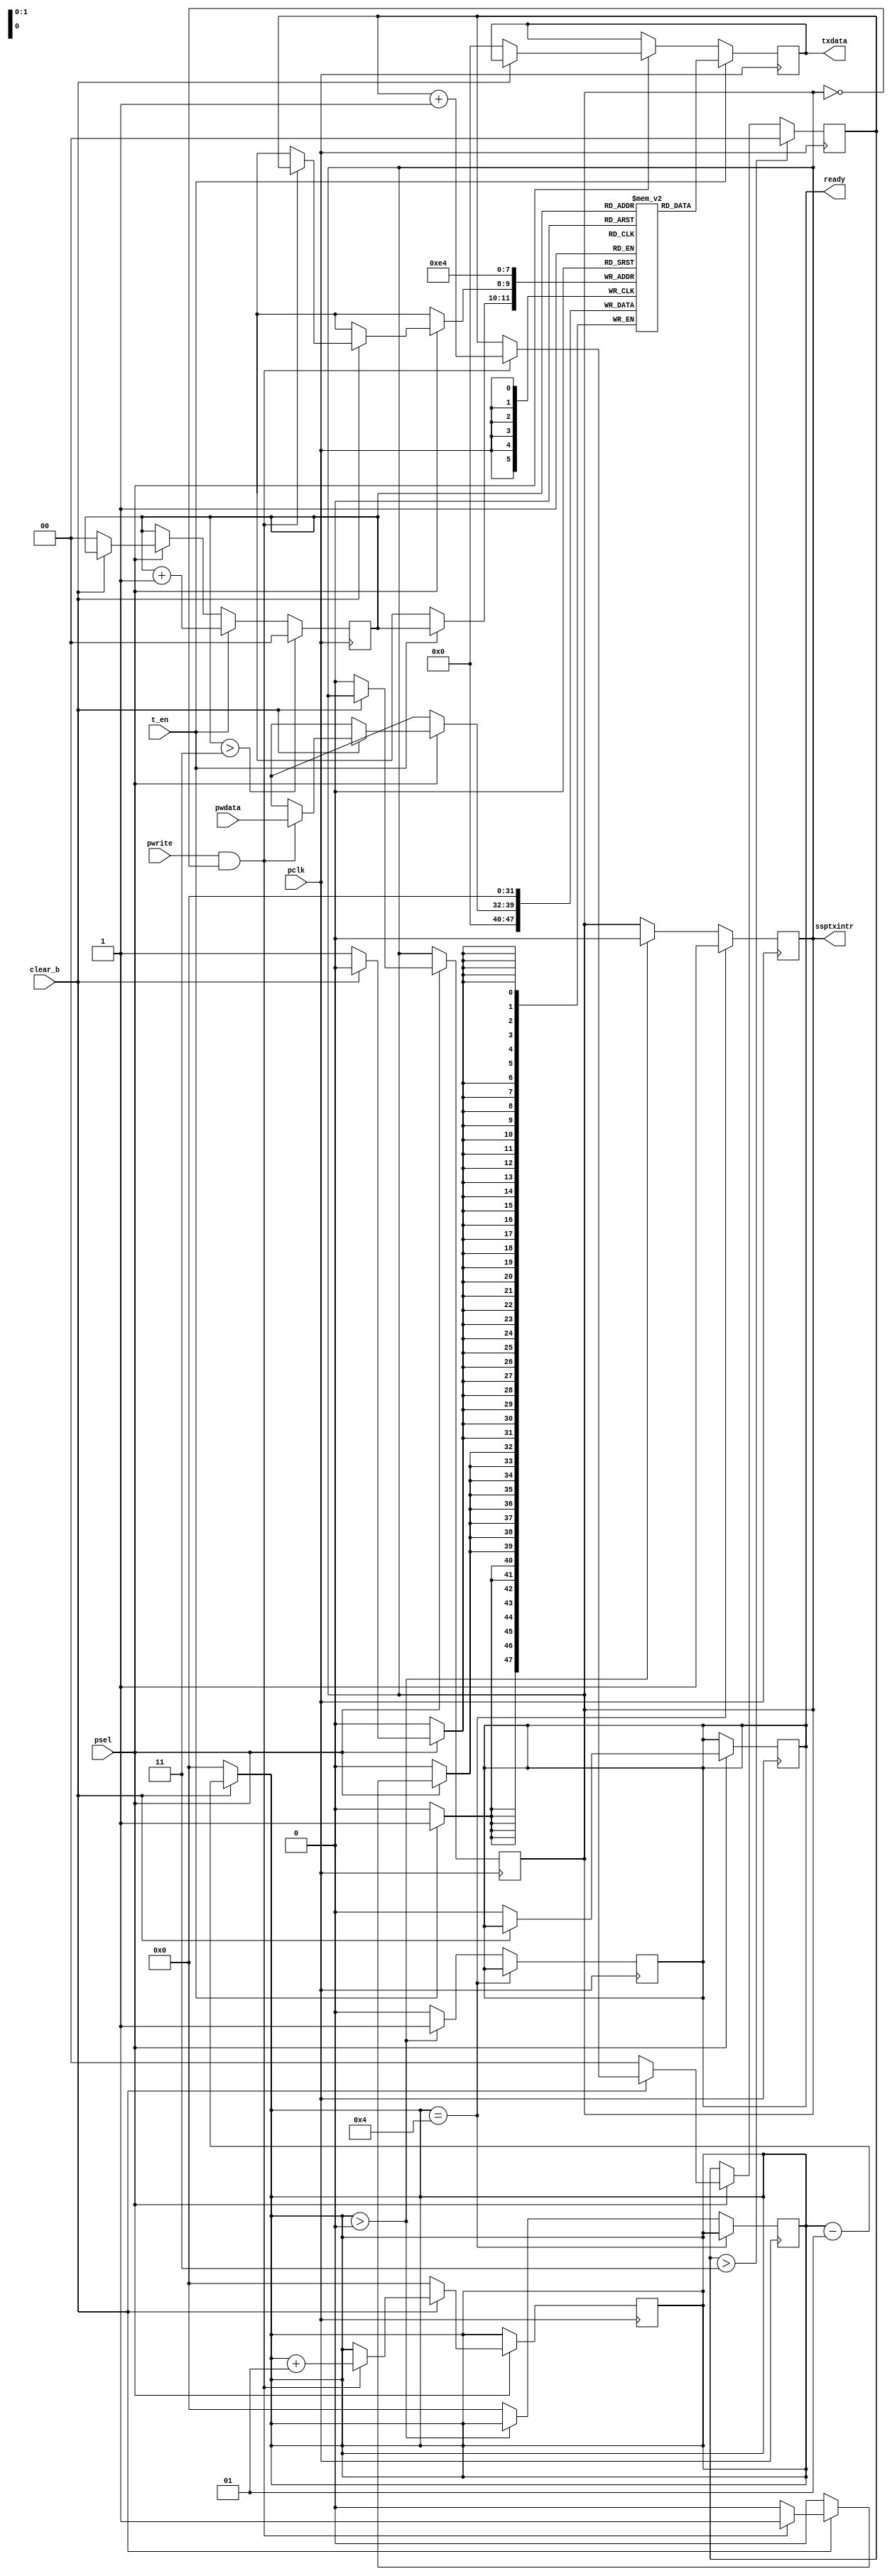
module TxFIFO(
	input pclk,			//Clock for Synchronous Serial Port
	input clear_b,			//Low active clear signal
	input psel,			//Chip select signal
	input pwrite,			//Write signal 		
	input [7:0] pwdata,		//8 bit data that stores into the FIFO
	input t_en,			//Transmit enable signal to allow word to be read 
	output reg ready,		//Ready signal when there is a word in the bottom of the FIFO
	output reg ssptxintr,		//Interupt signal if FIFO is full
	output reg [7:0] txdata		//Data being transmitted from the FIFO
);
	reg [7:0] queue[3:0];		//FIFO memory
	reg [1:0] wptr;			//Write pointer pointing to where to write the incoming data
	reg [1:0] rptr;			//Read pointer pointing to where to read the data
	integer count;			//Count that keeps track of number of words in the memory
	
	integer i;			//Integer for loops
	
	always @(posedge pclk) begin
	    	
		
		if (psel) begin						//When psel is active high activate the transmit FIFO
			
    	    		if(!clear_b) begin				//Active low clear that initializes the memory
    	        		for(i = 0; i < 4; i = i + 1) begin
    	            			queue[i] <= 0;
    	        		end
    	        		count <= 0;
    	        		wptr <= 0;
    	        		rptr <= 0;
    	        		ssptxintr <= 0;
				txdata <= 0;
				ready <= 0;
    	    		end 
    	    		else if (pwrite && !ssptxintr) begin			//Write to the FIFO memory
    	            		queue[wptr] <= pwdata;
    	            		wptr <= wptr + 1;
    	            		count <= count + 1;            
    	    		end 
    	    
    	   	end
		
   	    	if (t_en) begin						//Read from transmit FIFO
    	        	txdata <= queue[rptr];
    	        	queue[rptr] <= 0;
    	        	rptr <= rptr + 1;
			
            	end
		
    		if (wptr > 3) begin					//If wptr reaches the end, set to 0
    	    		wptr <= 0;
    		end
    	
    		if (rptr > 3) begin					//If rptr reaches the end, set to 0
    	    		rptr <= 0;
    		end 
		
	end
	
	always @(negedge pclk) begin	
				
		if (count == 4) begin					//Updates count and sets interrupt signal
			ssptxintr <= 1;
		end 
		else if (count > 0) begin
			ssptxintr <= 0;
			ready <= 1;
		end
		else begin
			count <= 0;
			ready <= 0;
		end
	end

	always @(rptr) begin
		if(!clear_b) begin
			count <= 0;
		end
		else begin
			count <= count - 1;
		end
	end
endmodule